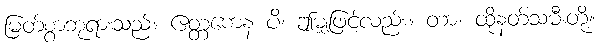
မြတ်စွာဘုရားသည်။ ဧတ္တကေန ပိ၊ ဤမျှဖြင့်လည်း။ တာ၊ ထိုနတ်သမီးတို့။